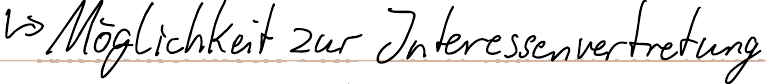
-> Möglichkeit zur Interessenvertretung